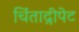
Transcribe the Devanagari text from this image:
चिंताद्रीपेट